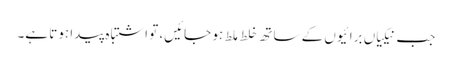
جب نیکیاں برائیوں کے ساتھ خلط ملط ہو جائیں، تو اشتباہ پیدا ہوتا ہے۔